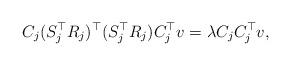
LaTeX: \begin{align*} C_j(S_j^{\top}R_j)^{\top}(S_j^{\top}R_j)C_j^{\top}v=\lambda C_jC_j^{\top}v,\end{align*}